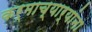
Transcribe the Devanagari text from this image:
कर्माच्यार्‍यांना